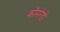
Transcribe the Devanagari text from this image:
कॉमरेडो